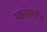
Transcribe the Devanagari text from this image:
ग्वाल्हेरमधील